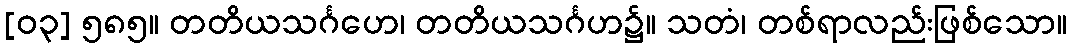
[၀၃] ၅၈၅။ တတိယသင်္ဂဟေ၊ တတိယသင်္ဂဟ၌။ သတံ၊ တစ်ရာလည်းဖြစ်သော။